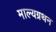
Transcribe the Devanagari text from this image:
माल्यग्रथन